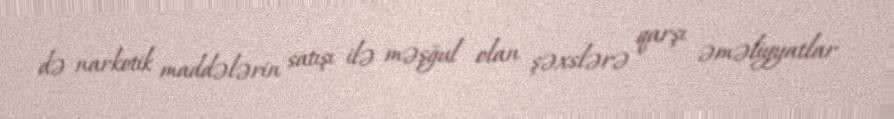
də narkotik maddələrin satışı ilə məşğul olan şəxslərə qarşı əməliyyatlar